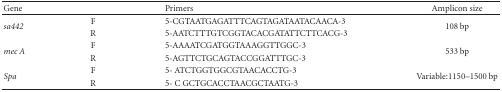
| Gene |  | Primers | Amplicon size |
 | --- | --- | --- | --- |
 | <ROWSPAN=2> sa442 | F | 5-CGTAATGAGATTTCAGTAGATAATACAACA-3 | <ROWSPAN=2> 108 bp |
 | R | 5-AATCTTTGTCGGTACACGATATTCTTCACG-3 |
 | <ROWSPAN=2> mec A | F | 5-AAAATCGATGGTAAAGGTTGGC-3 | <ROWSPAN=2> 533 bp |
 | R | 5-AGTTCTGCAGTACCGGATTTGC-3 |
 | <ROWSPAN=2> spa | F | 5- ATCTGGTGGCGTAACACCTG-3 | <ROWSPAN=2> Variable:1150–1500 bp |
 | R | 5- C GCTGCACCTAACGCTAATG-3 |